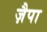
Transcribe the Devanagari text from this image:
ज़ैपा